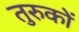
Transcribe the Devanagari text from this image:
तुरुकों